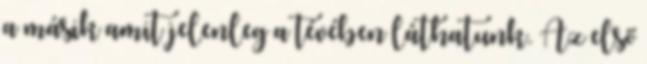
a másik amit jelenleg a tévében láthatunk. Az első